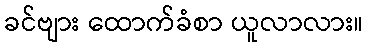
ခင်ဗျား ထောက်ခံစာ ယူလာလား။